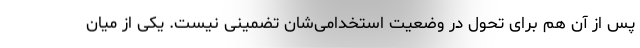
پس از آن هم برای تحول در وضعیت استخدامی‌شان تضمینی نیست. یکی از میان